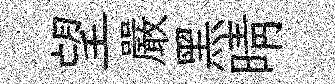
望嚴黑晴